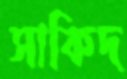
সাকিদ